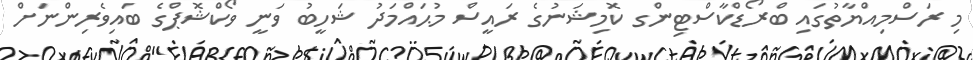
މި ރަސްމިއްޔާތުގައި ބްރޯޑްކާސްޓިންގ ކޮމިޝަނުގެ ރައީސް މުޙައްމަދު ޝަހީބު ވަނީ ވޯކްޝޮޕްގެ ބައިވެރިންނަށް